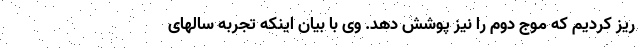
ریز کردیم که موج دوم را نیز پوشش دهد. وی با بیان اینکه تجربه سالهای